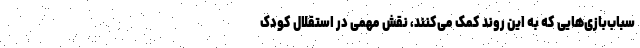
سباب‌بازی‌هایی که به این روند کمک می‌کنند، نقش مهمی در استقلال کودک